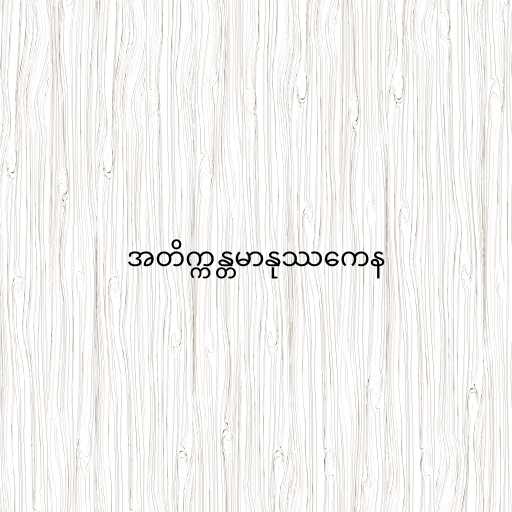
အတိက္ကန္တမာနုဿကေန